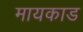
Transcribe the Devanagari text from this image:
मायकाड